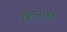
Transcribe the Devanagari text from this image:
खेतमाछ